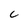
Character: C